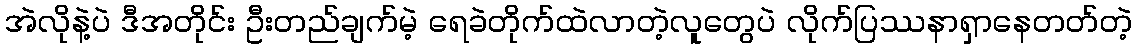
အဲလိုနဲ့ပဲ ဒီအတိုင်း ဦးတည်ချက်မဲ့ ရေခဲတိုက်ထဲလာတဲ့လူတွေပဲ လိုက်ပြဿနာရှာနေတတ်တဲ့